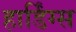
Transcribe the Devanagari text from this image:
हार्डिंग्स